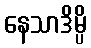
နေသာဒိမ္ပိ